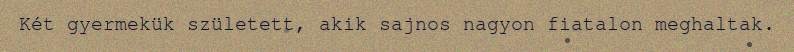
Két gyermekük született, akik sajnos nagyon fiatalon meghaltak.